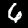
Label: 6